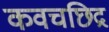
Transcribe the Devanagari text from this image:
कवचछिद्र